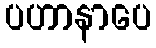
ပဟာနာပေ